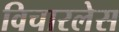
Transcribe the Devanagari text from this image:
विचारलेस